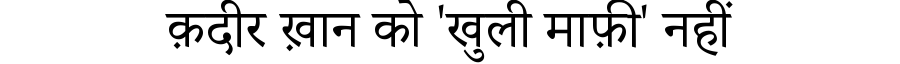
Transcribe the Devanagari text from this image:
क़दीर ख़ान को 'खुली माफ़ी' नहीं